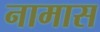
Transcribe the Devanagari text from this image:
नामास